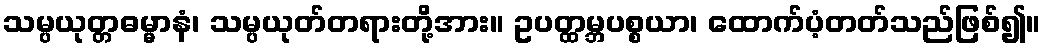
သမ္ပယုတ္တဓမ္မာနံ၊ သမ္ပယုတ်တရားတို့အား။ ဥပတ္ထမ္ဘပစ္စယာ၊ ထောက်ပံ့တတ်သည်ဖြစ်၍။